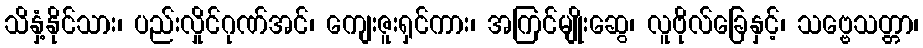
သိနှံ့နိုင်သား၊ ပည်းလှိုင်ဂုဏ်အင်၊ ကျေးဇူးရှင်ကား၊ အကြင်မျိုးဆွေ၊ လူဗိုလ်ခြေနှင့်၊ သဗ္ဗေသတ္တာ၊